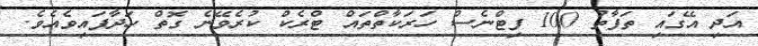
އަދި އޭގައި ތަފާތު 100 ފިޓްނެސް ހަރަކާތްތައް ޓްރެކް ކުރެވޭނެ ގޮތް ހަދާފައިވެއެވެ.